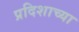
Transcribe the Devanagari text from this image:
प्रदिशाच्या